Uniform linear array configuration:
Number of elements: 48
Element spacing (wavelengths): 0.5
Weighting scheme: hamming
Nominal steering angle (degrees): -15
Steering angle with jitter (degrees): -16.725
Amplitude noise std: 0.05
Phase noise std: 0.05

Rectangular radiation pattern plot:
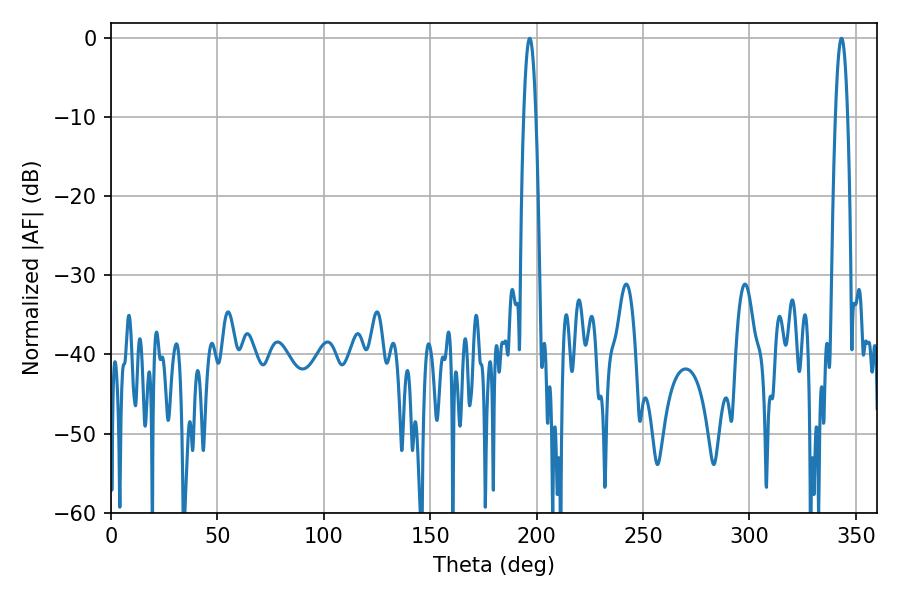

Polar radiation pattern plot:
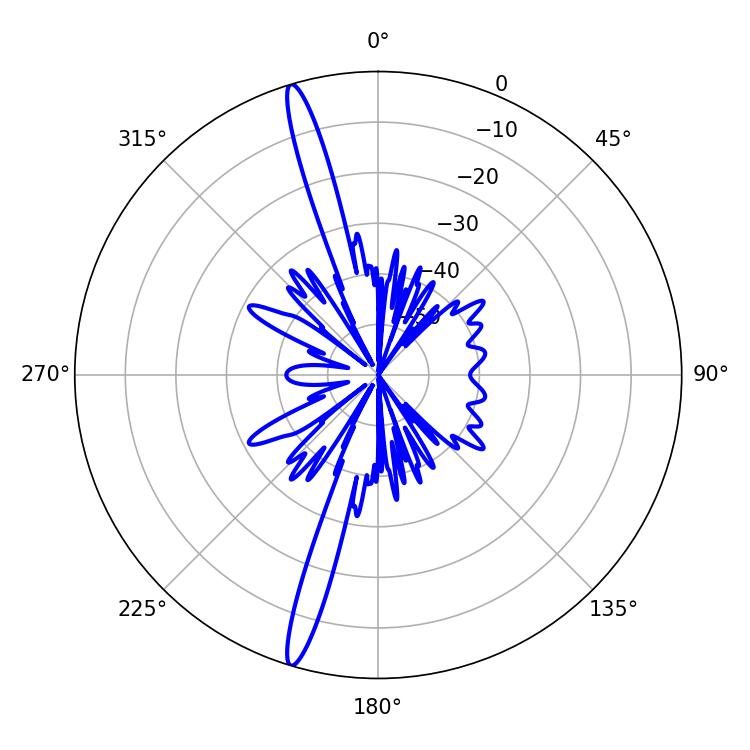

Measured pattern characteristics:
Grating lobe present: FALSE
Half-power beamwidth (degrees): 3.24
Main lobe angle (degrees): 196.74